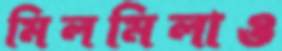
মিলমিলাও